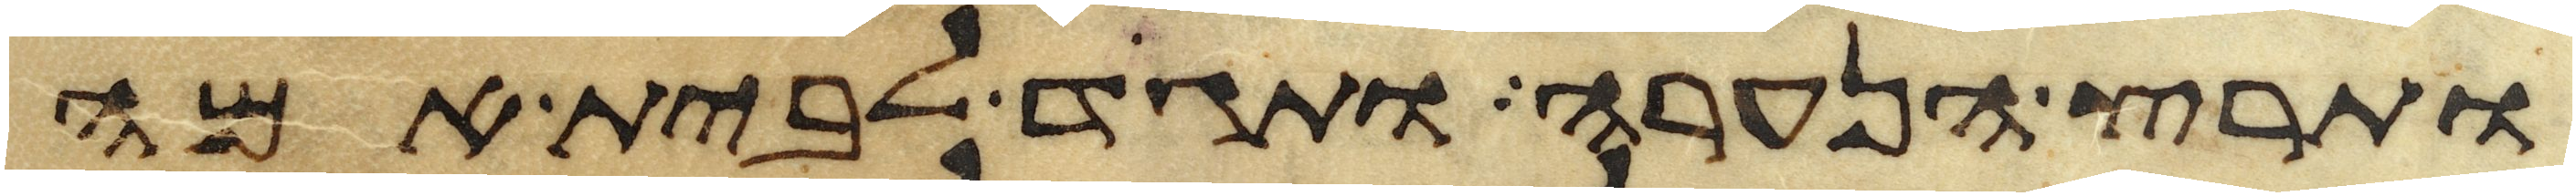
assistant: ותרץ הנערה ותגד לבית אמה